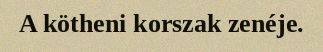
A kötheni korszak zenéje.